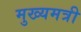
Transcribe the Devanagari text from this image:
मुख्यमत्री